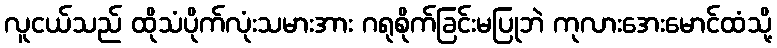
လူငယ်သည် ထိုသံပိုက်လုံးသမားအား ဂရုစိုက်ခြင်းမပြုဘဲ ကုလားအေးမောင်ထံသို့